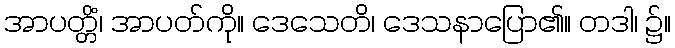
အာပတ္တိံ၊ အာပတ်ကို။ ဒေသေတိ၊ ဒေသနာပြော၏။ တဒါ၊ ၌။